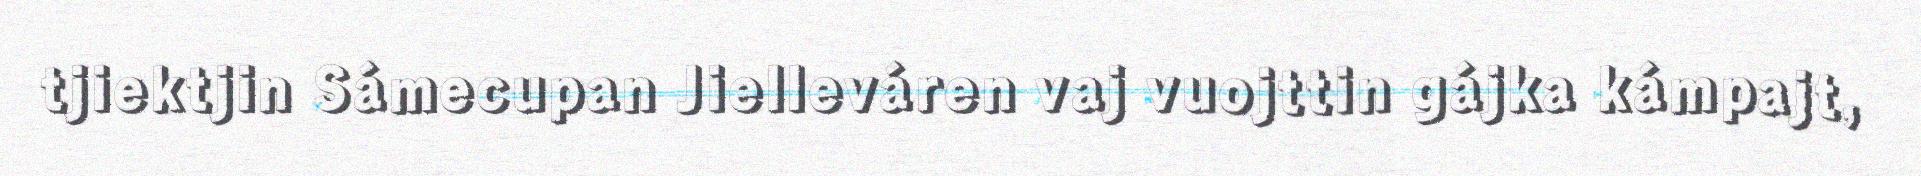
tjiektjin Sámecupan Jielleváren vaj vuojttin gájka kámpajt,